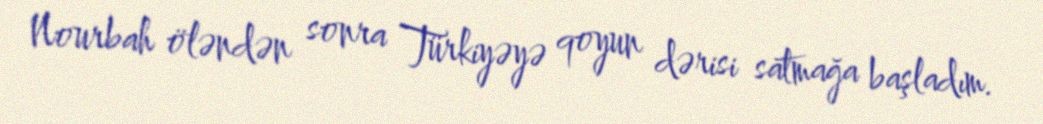
Nourbah öləndən sonra Türkiyəyə qoyun dərisi satmağa başladım.